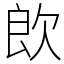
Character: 欴